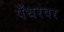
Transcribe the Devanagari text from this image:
पँथरवर